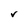
Character: v